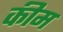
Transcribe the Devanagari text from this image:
कीम